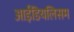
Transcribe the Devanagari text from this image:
आईडियलिसम